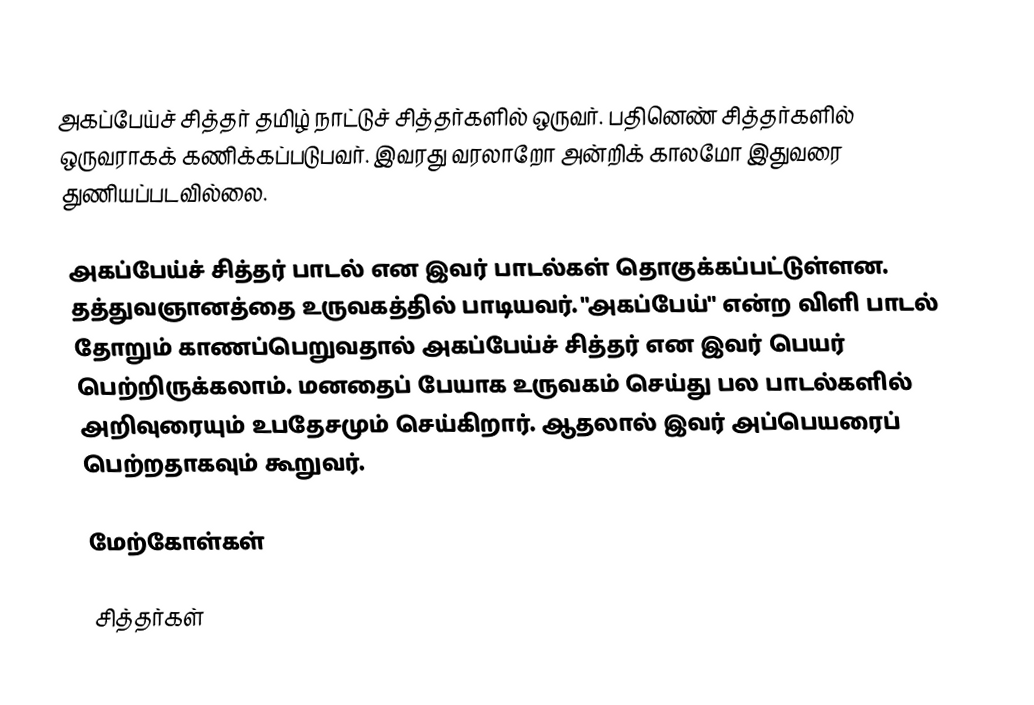
அகப்பேய்ச் சித்தர் தமிழ் நாட்டுச் சித்தர்களில் ஒருவர். பதினெண் சித்தர்களில் ஒருவராகக் கணிக்கப்படுபவர். இவரது வரலாறோ அன்றிக் காலமோ இதுவரை துணியப்படவில்லை.

அகப்பேய்ச் சித்தர் பாடல் என இவர் பாடல்கள் தொகுக்கப்பட்டுள்ளன.  தத்துவஞானத்தை உருவகத்தில் பாடியவர். "அகப்பேய்" என்ற விளி பாடல் தோறும் காணப்பெறுவதால் அகப்பேய்ச் சித்தர் என இவர் பெயர் பெற்றிருக்கலாம். மனதைப் பேயாக உருவகம் செய்து பல பாடல்களில் அறிவுரையும் உபதேசமும் செய்கிறார். ஆதலால் இவர் அப்பெயரைப் பெற்றதாகவும் கூறுவர்.

மேற்கோள்கள்

சித்தர்கள்